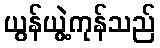
ယွန်ယွဲ့ကုန်သည်